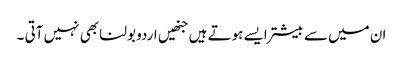
ان میں سے بیشتر ایسے ہوتے ہیں جنھیں اردو بولنا بھی نہیں آتی ۔